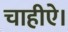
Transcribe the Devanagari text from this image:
चाहीऐ।